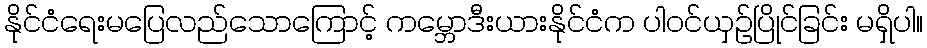
နိုင်ငံရေးမပြေလည်သောကြောင့် ကမ္ဘောဒီးယားနိုင်ငံက ပါဝင်ယှဉ်ပြိုင်ခြင်း မရှိပါ။